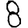
Digit: 8